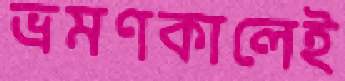
ভ্রমণকালেই